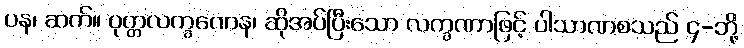
ပန၊ ဆက်။ ဝုတ္တလက္ခဏေန၊ ဆိုအပ်ပြီးသော လက္ခဏာဖြင့် ပါသာဏစသည် ၄-ဘို့